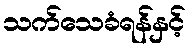
သက်သေခံရန်နှင့်